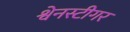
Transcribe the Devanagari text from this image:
श्वेनस्टीगर